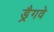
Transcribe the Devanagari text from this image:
ड्रैगवे